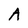
Character: A